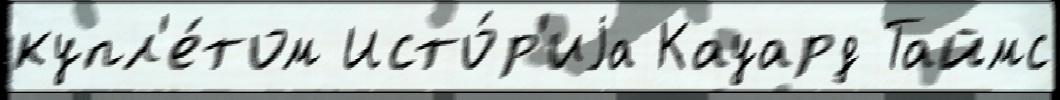
купл'е́том Исто́р'иjа Кауард Таймс